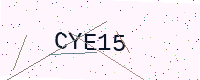
Text: CYE15